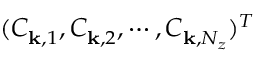
( C _ { { \bf k } , 1 } ^ { } , C _ { { \bf k } , 2 } ^ { } , \cdots , C _ { { \bf k } , N _ { z } } ^ { } ) ^ { T }